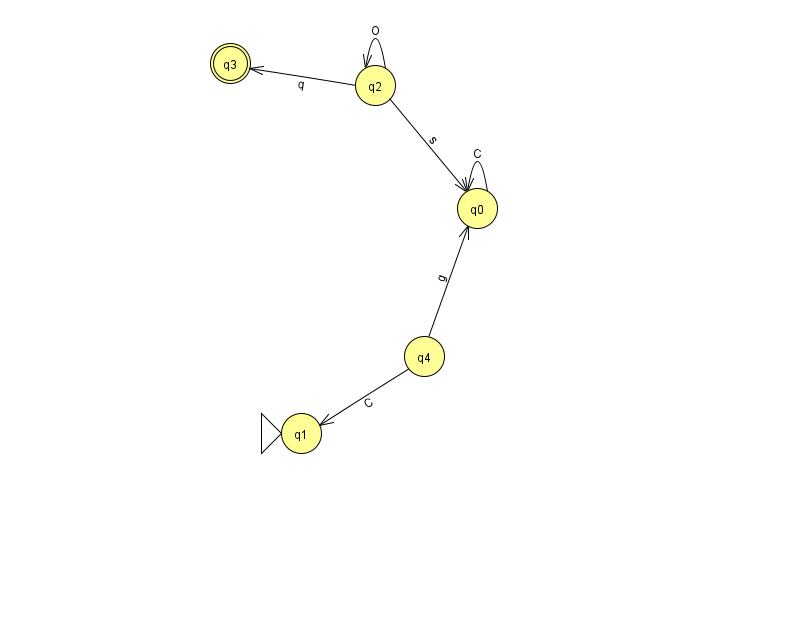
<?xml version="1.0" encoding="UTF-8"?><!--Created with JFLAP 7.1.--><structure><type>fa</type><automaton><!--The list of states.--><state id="0" name="q0"><x>477.0</x><y>195.0</y></state><state id="1" name="q1"><x>301.0</x><y>420.0</y><initial/></state><state id="2" name="q2"><x>375.0</x><y>72.0</y></state><state id="3" name="q3"><x>230.0</x><y>50.0</y><final/></state><state id="4" name="q4"><x>424.0</x><y>343.0</y></state><!--The list of transitions.--><transition><from>0</from><to>0</to><read>C</read></transition><transition><from>4</from><to>1</to><read>C</read></transition><transition><from>2</from><to>0</to><read>s</read></transition><transition><from>4</from><to>0</to><read>g</read></transition><transition><from>2</from><to>3</to><read>q</read></transition><transition><from>2</from><to>2</to><read>O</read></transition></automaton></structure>